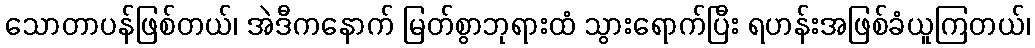
သောတာပန်ဖြစ်တယ်၊ အဲဒီကနောက် မြတ်စွာဘုရားထံ သွားရောက်ပြီး ရဟန်းအဖြစ်ခံယူကြတယ်၊